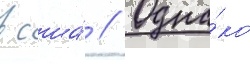
в сша́ // Одна́ко